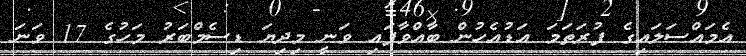
އެމައްސަލައިގެ ފުރަތަމަ އަޑުއެހުން ބާއްވާފައި ވަނީ މިދިޔަ ޑިސެމްބަރު މަހުގެ 17 ވަނަ